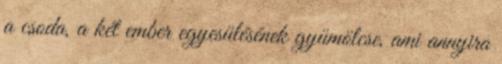
a csoda, a két ember egyesülésének gyümölcse, ami annyira